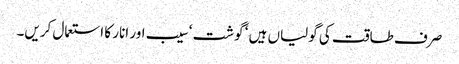
صرف طاقت کی گولیاں ہیں ‘ گوشت ‘ سیب اور انار کا استعمال کریں۔